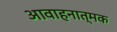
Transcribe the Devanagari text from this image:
आवाहनात्मक